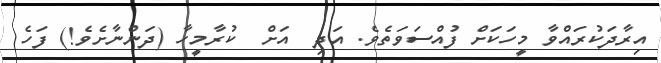
އިރާދަކުރައްވާ މީހަކަށް ފުއްސަވަތެވެ. އަދި  އަށް  ކުރާމީހާ (ދަންނާށެވެ!) ފަހެ